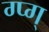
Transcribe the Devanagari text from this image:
ग्प्ग्